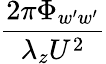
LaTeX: \frac{2\pi\Phi_{w^{\prime}w^{\prime}}}{\lambda_{z}U^{2}}